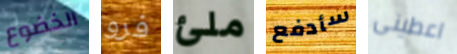
الخضوع فرو ملئ سأدفع اعطينى